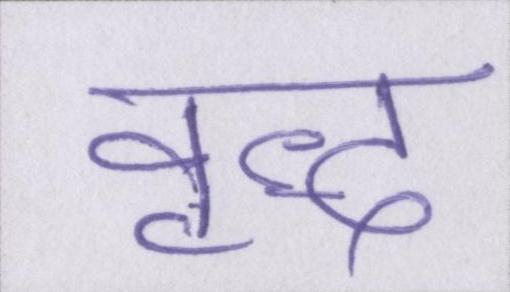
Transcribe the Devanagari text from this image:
वृद्ध